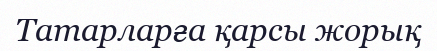
Татарларға қарсы жорық